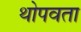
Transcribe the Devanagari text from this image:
थोपवता